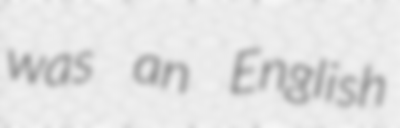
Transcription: was an English